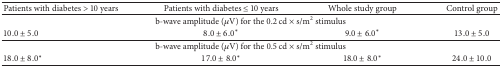
<table><thead><tr><td><b>Patients with diabetes &gt; 10 years</b></td><td><b>Patients with diabetes ≤ 10 years</b></td><td><b>Whole study group</b></td><td><b>Control group</b></td></tr></thead><tbody><tr><td colspan="4">b-wave amplitude (<i>μ</i>V) for the 0.2 cd × s/m<sup>2</sup> stimulus</td></tr><tr><td>10.0 ± 5.0</td><td>8.0 ± 6.0*</td><td>9.0 ± 6.0*</td><td>13.0 ± 5.0</td></tr><tr><td colspan="4">b-wave amplitude (<i>μ</i>V) for the 0.5 cd × s/m<sup>2</sup> stimulus</td></tr><tr><td>18.0 ± 8.0*</td><td>17.0 ± 8.0*</td><td>18.0 ± 8.0*</td><td>24.0 ± 10.0</td></tr></tbody></table>